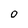
Character: 0